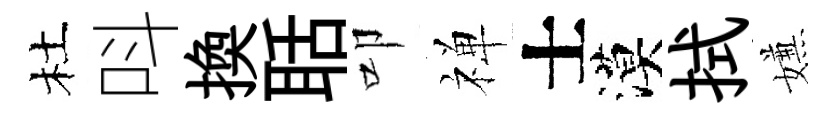
杜呌換聒叩禅士漠拭嫌